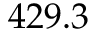
4 2 9 . 3